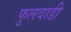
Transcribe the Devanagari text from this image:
फुलवाडी